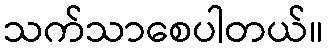
သက်သာစေပါတယ်။